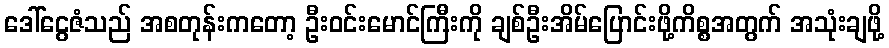
ဒေါ်ငွေဇံသည် အစတုန်းကတော့ ဦးဝင်းမောင်ကြီးကို ချစ်ဦးအိမ်ပြောင်းဖို့ကိစ္စအတွက် အသုံးချဖို့